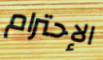
الإحترام